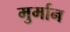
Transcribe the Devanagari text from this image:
मुर्मान